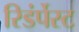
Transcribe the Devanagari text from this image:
रिडंर्पेस्ट